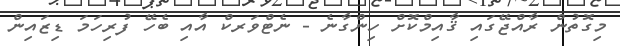
މިގޮތުން ރާއްޖޭގައި ޤާއިމްކޮށް ހިންގާނެ - ނެޓްވަރކް އާއި ބެހޭ ފުރިހަމަ ޑިޒައިން